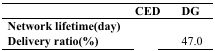
<table><thead><tr><td>[EMPTY_CELL]</td><td><b>CED</b></td><td><b>DG</b></td></tr></thead><tbody><tr><td><b>Network lifetime(day)</b></td><td>[EMPTY_CELL]</td><td>[EMPTY_CELL]</td></tr><tr><td><b>Delivery ratio(%)</b></td><td>[EMPTY_CELL]</td><td>47.0</td></tr></tbody></table>